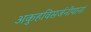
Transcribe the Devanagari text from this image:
अकुहविसर्जनीयानां